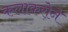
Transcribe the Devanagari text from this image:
कलाकरोने